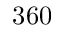
3 6 0